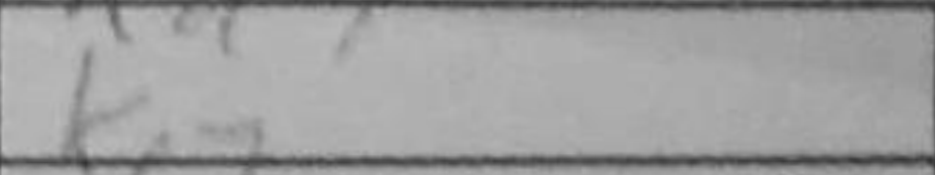
Transcription: Ke7